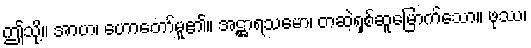
ဤသို့။ အာဟ၊ ဟောတော်မူ၏။ အဋ္ဌာရသမော၊ တဆဲ့ရှစ်ဆူမြောက်သော။ ဖုဿ၊